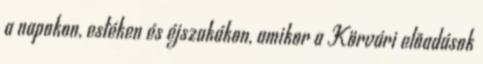
a napokon, estéken és éjszakákon, amikor a Körvári elõadások